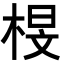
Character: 𭪟